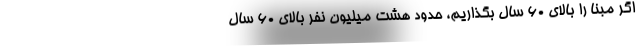
اگر مبنا را بالای ۶۰ سال بگذاریم، حدود هشت میلیون نفر بالای ۶۰ سال